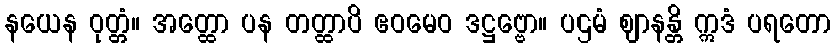
နယေန ဝုတ္တံ။ အတ္ထော ပန တတ္ထာပိ ဧဝမေဝ ဒဋ္ဌဗ္ဗော။ ပဌမံ ဈာနန္တိ ဣဒံ ပရတော